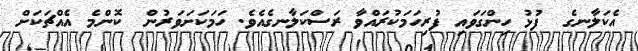
އެކަލާނގެ  ފުޅު ހިންގަވައި ފުރިހަމަކުރައްވާ ރަސްކަލާނގެއެވެ. ހަމަކަށަވަރުން  ކޮންމެ އެއްޗަކަށް